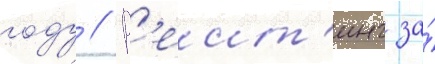
году // Р'еит'инг за́